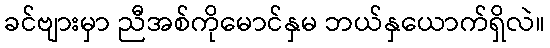
ခင်ဗျားမှာ ညီအစ်ကိုမောင်နှမ ဘယ်နှယောက်ရှိလဲ။